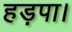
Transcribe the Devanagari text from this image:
हड़पा।